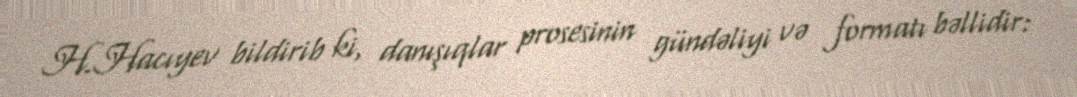
H.Hacıyev bildirib ki, danışıqlar prosesinin gündəliyi və formatı bəllidir: